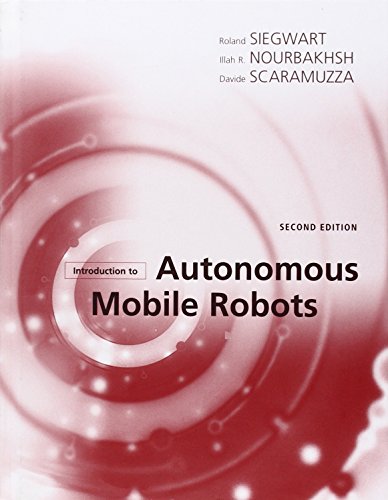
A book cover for Introduction to Autonomous Mobile Robots (Intelligent Robotics and Autonomous Agents series); Roland Siegwart; Computers & Technology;